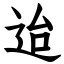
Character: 迨